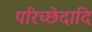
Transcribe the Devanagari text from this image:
परिच्छेदादि